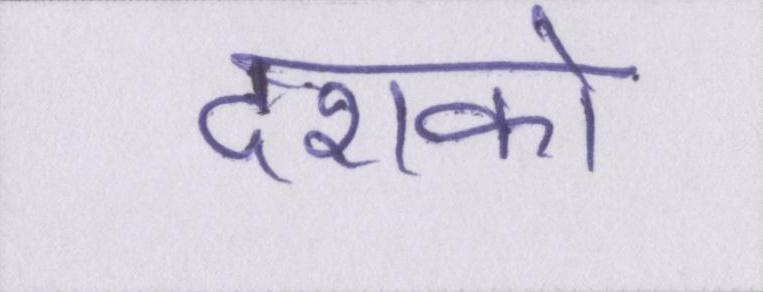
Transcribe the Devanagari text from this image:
दशको